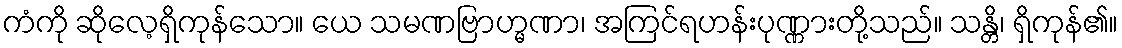
ကံကို ဆိုလေ့ရှိကုန်သော။ ယေ သမဏဗြာဟ္မဏာ၊ အကြင်ရဟန်းပုဏ္ဏားတို့သည်။ သန္တိ၊ ရှိကုန်၏။